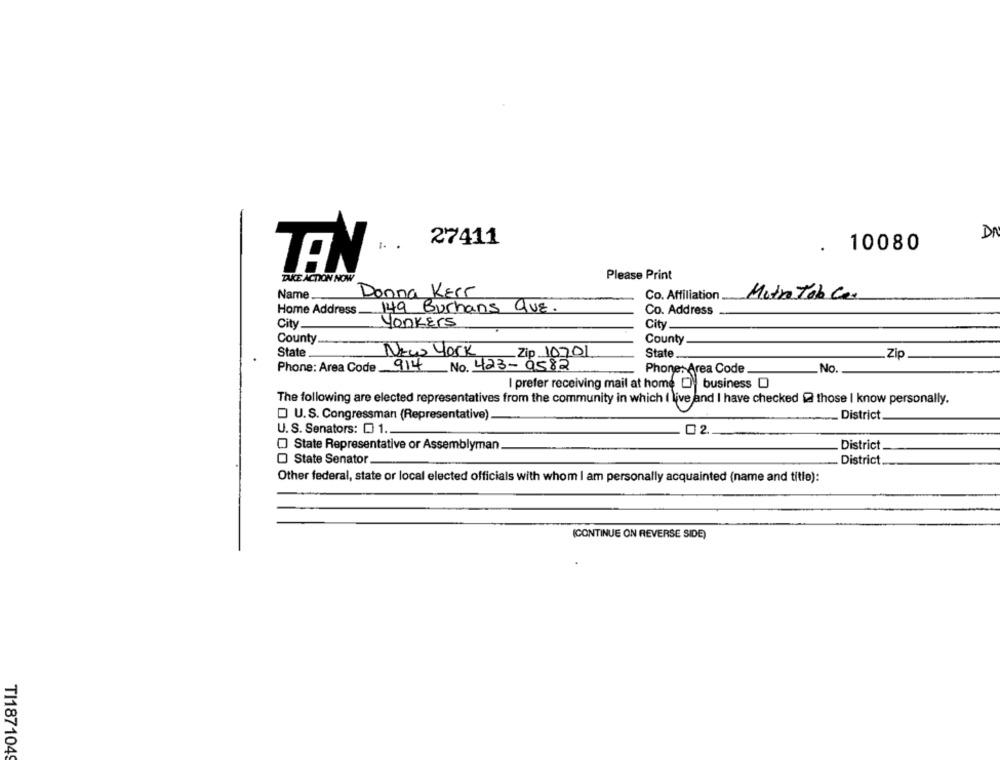
DA
1. .
27411
.
10080
TEN
TAKE ACTION NOW
Please Print
Name.
Donna Kerr
Co. Affiliation
Matra Tob Ces
Home Address
149 Burhans QUE.
Co. Address
City
Yonkers
City
County
County
State
New York
Zip 10701
State
Zip
Phone: Area Code_
914 No. 423-9582
Phone: Area Code
No.
I prefer receiving mail at home Di business D
The following are elected representatives from the community in which I live and I have checked 2 those I know personally.
U.S. Congressman (Representative)
District
U. S. Senators: D 1 ..
02
State Representative or Assemblyman.
District
State Senator.
District
Other federal, state or local elected officials with whom I am personally acquainted (name and title):
(CONTINUE ON REVERSE SIDE)
TI1871049